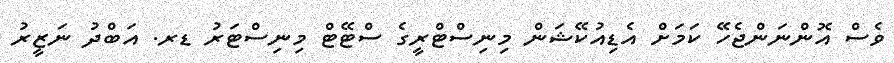
ވެސް އޮންނަންޖެހޭ ކަމަށް އެޑިއުކޭޝަން މިނިސްޓްރީގެ ސްޓޭޓް މިނިސްޓަރު ޑރ. އަބްދު ނަޒީރު